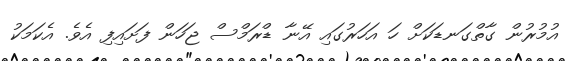
އުމުރުން ގާތްގަނޑަކަށް ހަ އަހަރުގައި އޭނާ ޑްރަމްސް ޖަހަން ފަށައިފި އެވެ. އެކަމަކު